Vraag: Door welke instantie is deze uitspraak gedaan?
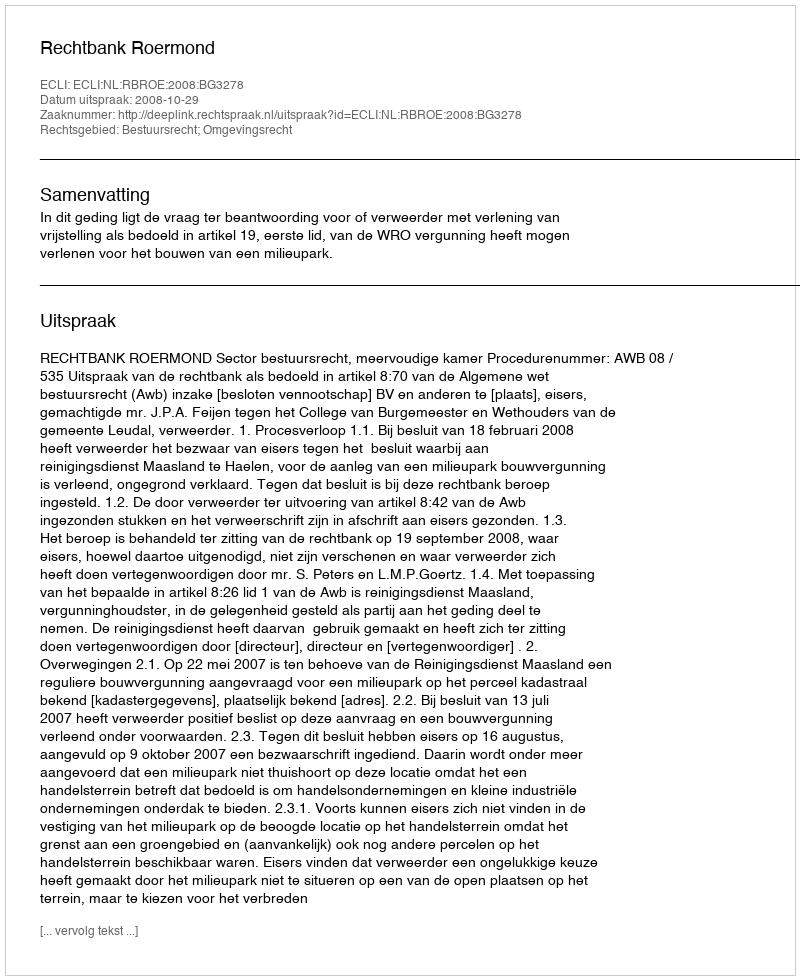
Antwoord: Rechtbank Roermond